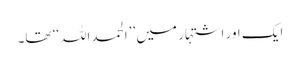
ایک اور اشتہار میں ’’الحمداللہ‘‘ تھا۔